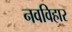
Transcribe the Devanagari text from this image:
नवविहार